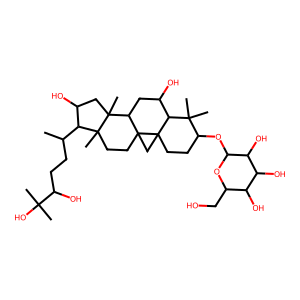
SMILES: CC(CCC(O)C(C)(C)O)C1C(O)CC2(C)C3CC(O)C4C(C)(C)C(OC5OC(CO)C(O)C(O)C5O)CCC45CC35CCC12C
Inhibits HIV replication: No